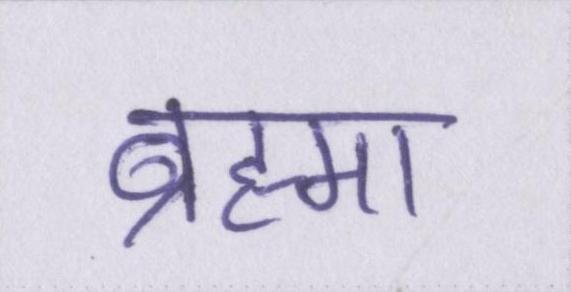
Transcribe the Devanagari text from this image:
ब्रह्मा